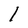
Character: l